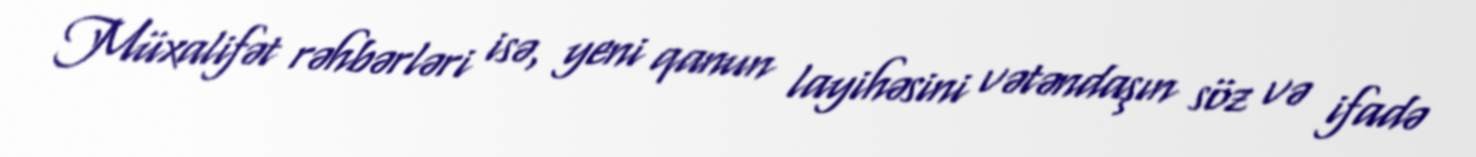
Müxalifət rəhbərləri isə, yeni qanun layihəsini vətəndaşın söz və ifadə